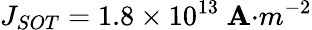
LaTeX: J_{{SOT}}=1.8\times{10}^{13}\ {\mathbf{A}}{{·}}{{m}}^{{-2}}